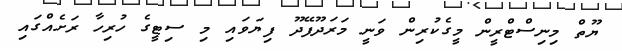
ޔޫތް މިނިސްޓްރީން މީގެކުރިން ވަނީ މަރަދޫފޭދޫ ފިޔަވައި މި ސިޓީގެ ހުރިހާ ރަށެއްގައި